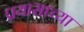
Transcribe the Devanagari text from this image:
प्रयासाच्या